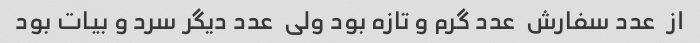
از  عدد سفارش  عدد گرم و تازه بود ولی  عدد دیگر سرد و بیات بود